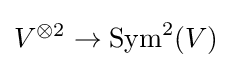
V^{\otimes 2}\to \operatorname {Sym} ^{2}(V)